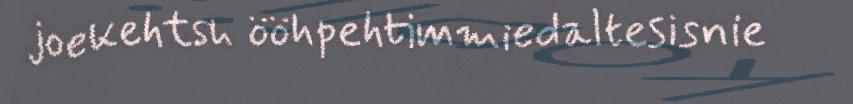
joekehtsh ööhpehtimmiedaltesisnie